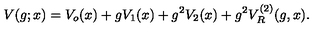
V ( g ; x ) = V _ { o } ( x ) + g V _ { 1 } ( x ) + g ^ { 2 } V _ { 2 } ( x ) + g ^ { 2 } V _ { R } ^ { ( 2 ) } ( g , x ) .